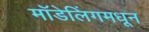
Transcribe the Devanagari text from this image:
मॉडेलिंगमधून